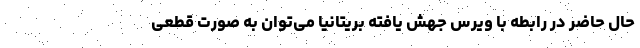
حال حاضر در رابطه با ویرس جهش یافته بریتانیا می‌توان به صورت قطعی